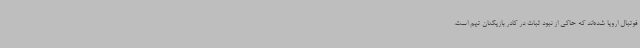
فوتبال اروپا شده‌اند که حاکی از نبود ثبات در کادر بازیکنان تیم است.